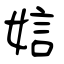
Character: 娮